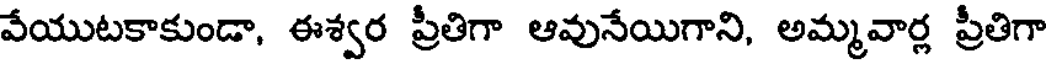
వేయుటకాకుండా, ఈశ్వర ప్రీతిగా ఆవునేయిగాని, అమ్మవార్ల ప్రీతిగా